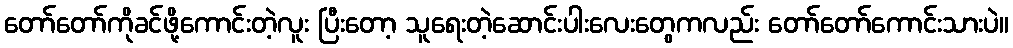
တော်တော်ကိုခင်ဖို့ကောင်းတဲ့လူး ပြီးတော့ သူရေးတဲ့ဆောင်းပါးလေးတွေကလည်း တော်တော်ကောင်းသားပဲ။